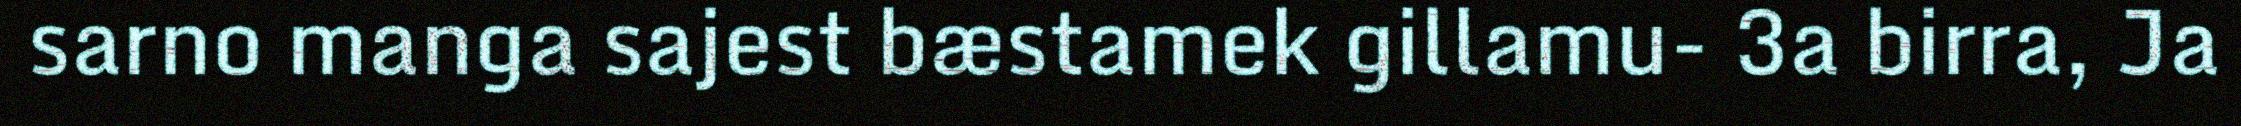
sarno manga sajest bæstamek gillamu- 3a birra, Ja